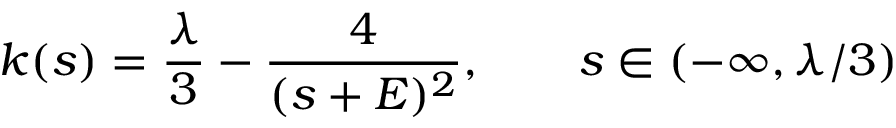
k ( s ) = \frac { \lambda } 3 - \frac { 4 } { ( s + E ) ^ { 2 } } , \qquad s \in ( - \infty , \lambda / 3 )